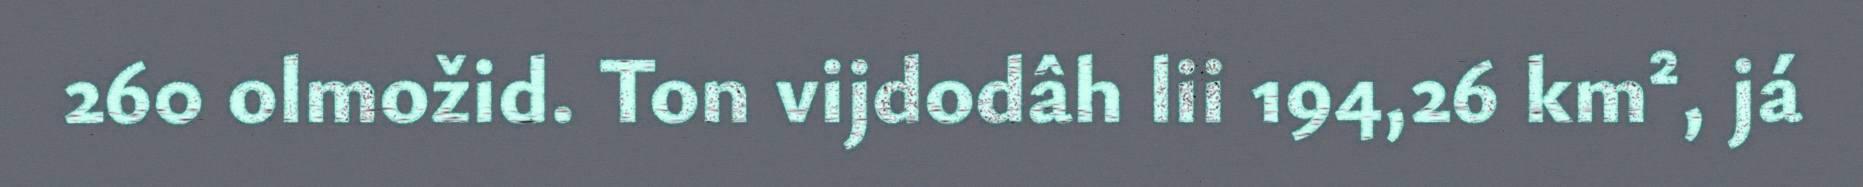
260 olmožid. Ton vijdodâh lii 194,26 km², já